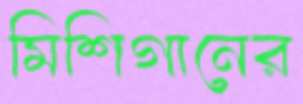
মিশিগানের